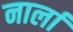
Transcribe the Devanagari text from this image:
नार्ला